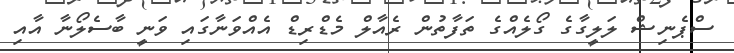
ސްޕެނިޝް ލަލީގާގެ ގޯލެއްގެ ތަފާތުން ރެއާލް މެޑްރިޑް އެއްވަނާގައި ވަނީ ބާސެލޯނާ އާއި